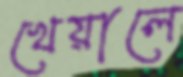
খেয়ালে